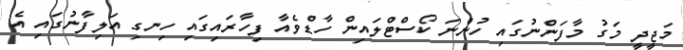
މަޖީދީ މަގު މާފަންނުގައި ހުންނަ ކޯސްޓްލައިން ހާޑްވެއާ ފިހާރައިގައި ހިނގި އަލިފާނުގައި އެ